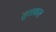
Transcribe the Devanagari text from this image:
सूरतकाल